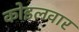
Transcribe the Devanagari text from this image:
कोइलवार